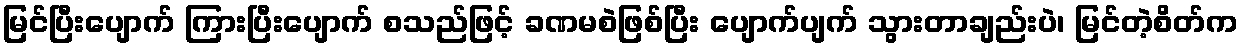
မြင်ပြီးပျောက် ကြားပြီးပျောက် စသည်ဖြင့် ခဏမစဲဖြစ်ပြီး ပျောက်ပျက် သွားတာချည်းပဲ၊ မြင်တဲ့စိတ်က